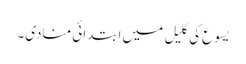
یسوع کی گلیل میں ابتدائی منادی۔